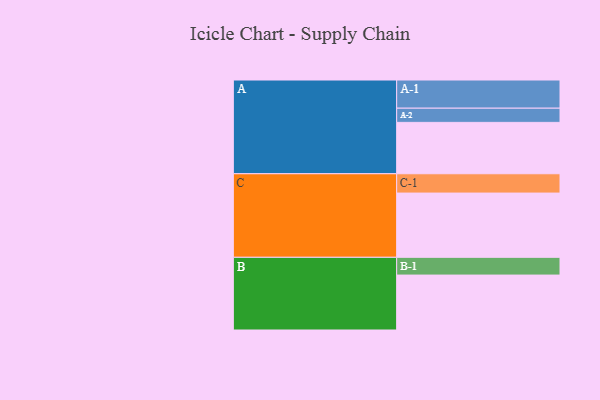
{"axis": {"x": "Segment", "y": "Value"}, "legend": ["", "A", "B", "C"], "data": [{"x": "A", "y": 463, "type": ""}, {"x": "B", "y": 495, "type": ""}, {"x": "C", "y": 579, "type": ""}, {"x": "A-1", "y": 254, "type": "A"}, {"x": "A-2", "y": 128, "type": "A"}, {"x": "B-1", "y": 160, "type": "B"}, {"x": "C-1", "y": 174, "type": "C"}]}